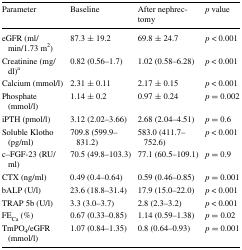
| Parameter | Baseline | After nephrectomy | p value |
 | --- | --- | --- | --- |
 | eGFR (ml/min/1.73 m2) | 87.3 ± 19.2 | 69.8 ± 24.7 | p < 0.001 |
 | Creatinine (mg/dl)a | 0.82 (0.56–1.7) | 1.02 (0.58–6.28) | p < 0.001 |
 | Calcium (mmol/l) | 2.31 ± 0.11 | 2.17 ± 0.15 | p < 0.001 |
 | Phosphate (mmol/l) | 1.14 ± 0.2 | 0.97 ± 0.24 | p = 0.002 |
 | iPTH (pmol/l) | 3.12 (2.02–3.66) | 2.68 (2.04–4.51) | p = 0.6 |
 | Soluble Klotho (pg/ml) | 709.8 (599.9–831.2) | 583.0 (411.7–752.6) | p < 0.001 |
 | c–FGF-23 (RU/ml) | 70.5 (49.8–103.3) | 77.1 (60.5–109.1) | p = 0.9 |
 | CTX (ng/ml) | 0.49 (0.4–0.64) | 0.59 (0.46–0.85) | p = 0.001 |
 | bALP (U/l) | 23.6 (18.8–31.4) | 17.9 (15.0–22.0) | p < 0.001 |
 | TRAP 5b (U/l) | 3.3 (3.0–3.7) | 2.8 (2.3–3.2) | p < 0.001 |
 | FECa (%) | 0.67 (0.33–0.85) | 1.14 (0.59–1.38) | p = 0.02 |
 | TmPO4/eGFR (mmol/l) | 1.07 (0.84–1.35) | 0.8 (0.64–0.93) | p = 0.001 |